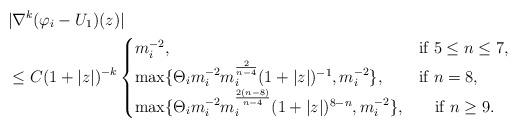
LaTeX: \begin{align*}&|\nabla^k(\varphi_i-U_1)(z)|\\& \le C(1+|z|)^{-k} \begin{cases}m_i^{-2},& \mbox{if } 5\le n\le 7,\\\max\{ \Theta_im_i^{-2}m_i^{\frac{2}{n-4}}(1+|z|)^{-1}, m_i^{-2}\},& \mbox{if } n=8, \\\max\{ \Theta_i m_i^{-2}m_i^{\frac{2(n-8)}{n-4}}(1+|z|)^{8-n}, m_i^{-2}\} ,& \quad\mbox{if } n\ge 9.\end{cases}\end{align*}